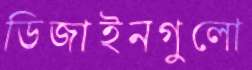
ডিজাইনগুলো